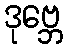
ဒုဗ္ဘေ